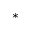
^ *